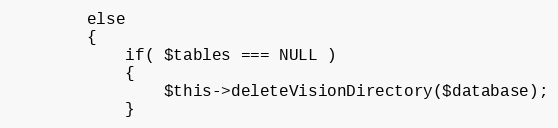
Language: PHP
        else
        {
            if( $tables === NULL )
            {
                $this->deleteVisionDirectory($database);
            }